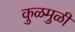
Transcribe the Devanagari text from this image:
कुळमुळी